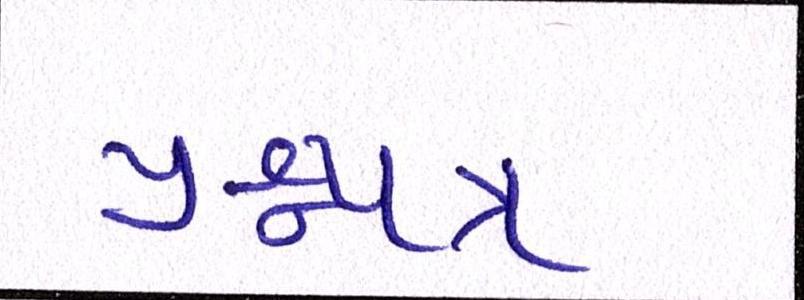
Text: પ્રશ્નપત્ર